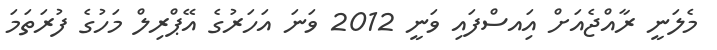
މެލަނީ ރާއްޖެއަށް އަިއސްފައި ވަނީ 2012 ވަނަ އަހަރުގެ އޭޕްރިލް މަހުގެ ފުރަތަމަ